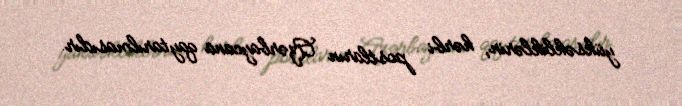
yüksəkliklərin, hərbi postların Azərbaycana qaytarılmasıdır.